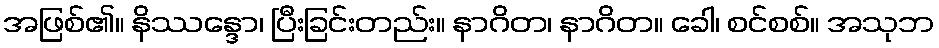
အဖြစ်၏။ နိဿန္ဒော၊ ပြီးခြင်းတည်း။ နာဂိတ၊ နာဂိတ။ ခေါ၊ စင်စစ်။ အသုဘ